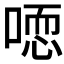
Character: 𰈒